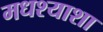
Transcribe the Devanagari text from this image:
मधश्याशा